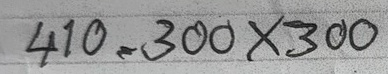
410 = 300x300